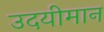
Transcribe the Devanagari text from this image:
उदयीमान